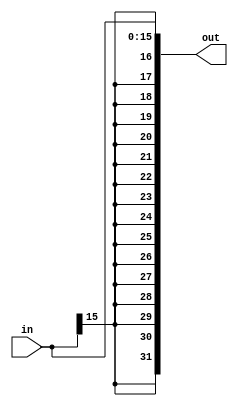
module signex(in, out);
	
	// Sign extend module
	
	input 	[15:0] in;
	output 	[31:0] out;

	assign out = { {16{in[15]}}, in[15:0] };

endmodule